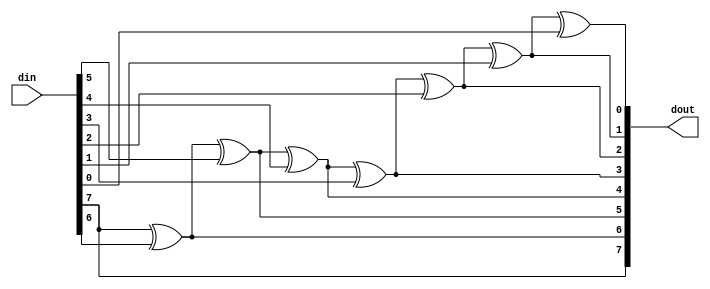
// ***************************************************************************
// ***************************************************************************
// Copyright (C) 2017-2023 Analog Devices, Inc. All rights reserved.
//
// In this HDL repository, there are many different and unique modules, consisting
// of various HDL (Verilog or VHDL) components. The individual modules are
// developed independently, and may be accompanied by separate and unique license
// terms.
//
// The user should read each of these license terms, and understand the
// freedoms and responsibilities that he or she has by using this source/core.
//
// This core is distributed in the hope that it will be useful, but WITHOUT ANY
// WARRANTY; without even the implied warranty of MERCHANTABILITY or FITNESS FOR
// A PARTICULAR PURPOSE.
//
// Redistribution and use of source or resulting binaries, with or without modification
// of this file, are permitted under one of the following two license terms:
//
//   1. The GNU General Public License version 2 as published by the
//      Free Software Foundation, which can be found in the top level directory
//      of this repository (LICENSE_GPL2), and also online at:
//      <https://www.gnu.org/licenses/old-licenses/gpl-2.0.html>
//
// OR
//
//   2. An ADI specific BSD license, which can be found in the top level directory
//      of this repository (LICENSE_ADIBSD), and also on-line at:
//      https://github.com/analogdevicesinc/hdl/blob/main/LICENSE_ADIBSD
//      This will allow to generate bit files and not release the source code,
//      as long as it attaches to an ADI device.
//
// ***************************************************************************
// ***************************************************************************

`timescale 1ns/100ps

module ad_g2b #(

  parameter DATA_WIDTH = 8
) (
  input       [DATA_WIDTH-1:0]    din,
  output      [DATA_WIDTH-1:0]    dout
);

  function [DATA_WIDTH-1:0] g2b;
    input [DATA_WIDTH-1:0] g;
    integer i;
    begin
      g2b[DATA_WIDTH-1] = g[DATA_WIDTH-1];
      for (i = DATA_WIDTH-1; i > 0; i = i -1) begin
        g2b[i-1] = g2b[i] ^ g[i-1];
      end
    end
  endfunction

  assign dout = g2b(din);

endmodule